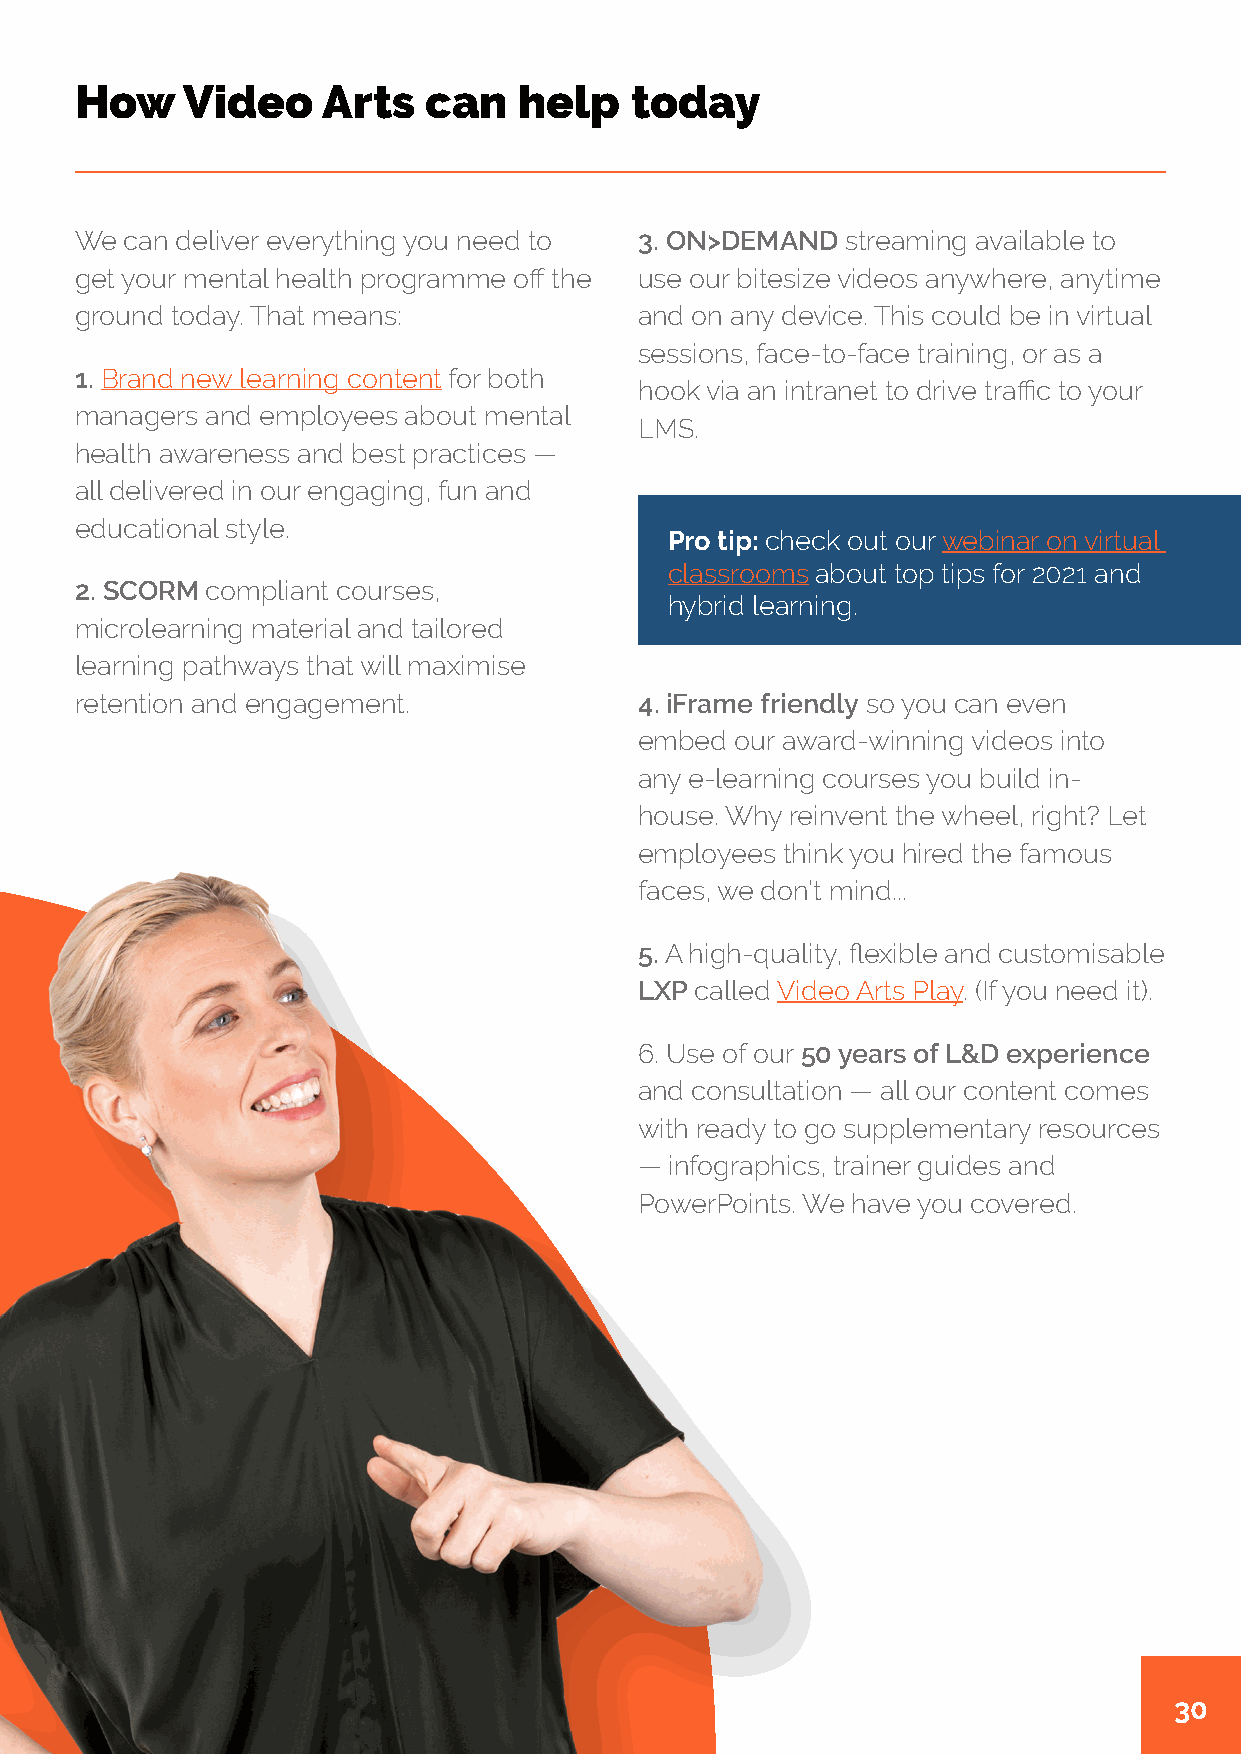
How    Video    Arts   can   help    today
 We can deliver everything you need to 3. ON>DEMAND streaming available to
 get your mental health programme off the use our bitesize videos anywhere, anytime
 ground today. That means:            and on any device. This could be in virtual
 sessions, face-to-face training, or as a
 1. Brand new learning content for both
 hook via an intranet to drive traffic to your
 managers and employees about mental
 LMS.
 health awareness and best practices —
 all delivered in our engaging, fun and
 educational style.
 Pro tip: check out our webinar on virtual
 classrooms about top tips for 2021 and
 2. SCORM compliant courses,
 hybrid learning.
 microlearning material and tailored
 learning pathways that will maximise
 retention and engagement.            4. iFrame friendly so you can even
 embed  our award-winning videos into
 any e-learning courses you build in-
 house. Why reinvent the wheel, right? Let
 employees think you hired the famous
 faces, we don’t mind...
 5. A high-quality, flexible and customisable
 LXP called Video Arts Play. (If you need it).
 6. Use of our 50 years of L&D experience
 and consultation — all our content comes
 with ready to go supplementary resources
 — infographics, trainer guides and
 PowerPoints. We have you covered.
 30